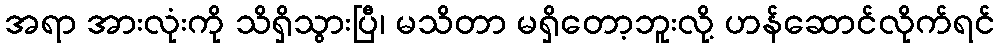
အရာ အားလုံးကို သိရှိသွားပြီ၊ မသိတာ မရှိတော့ဘူးလို့ ဟန်ဆောင်လိုက်ရင်